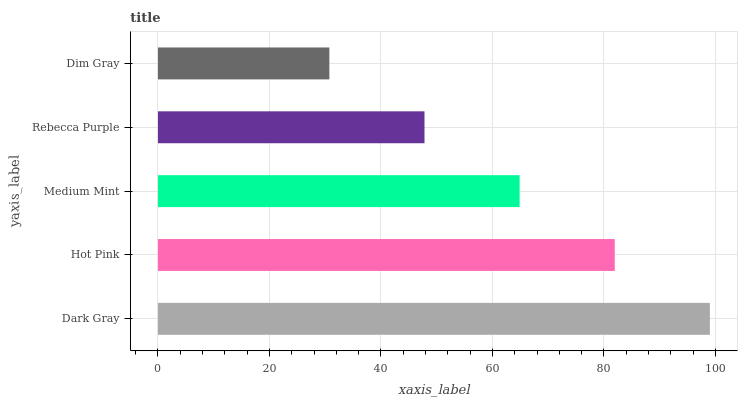
| yaxis_label | bars |
 | --- | --- |
 | Dark Gray | 99 |
 | Hot Pink | 81.9 |
 | Medium Mint | 64.9 |
 | Rebecca Purple | 47.8 |
 | Dim Gray | 30.7 |